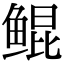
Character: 鲲